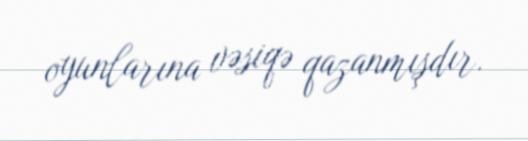
oyunlarına vəsiqə qazanmışdır.